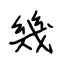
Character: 幾